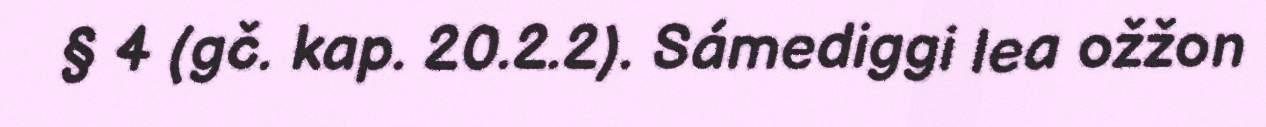
§ 4 (gč. kap. 20.2.2). Sámediggi lea ožžon